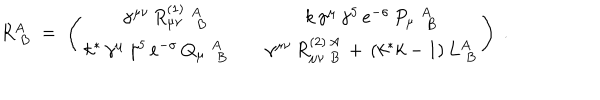
R _ { \; B } ^ { A } \; = \; \left( \begin{array} { c c } { { \gamma ^ { \mu \nu } \, R _ { \mu \nu } ^ { ( 1 ) } \; _ { \; B } ^ { A } } } & { { k \, \gamma ^ { \mu } \, \gamma ^ { 5 } \, e ^ { - \sigma } \, P _ { \mu } \; _ { \; B } ^ { A } } } \\ { { k ^ { * } \, \gamma ^ { \mu } \, \gamma ^ { 5 } \, e ^ { - \sigma } \, Q _ { \mu } \; _ { \; B } ^ { A } \quad } } & { { \gamma ^ { \mu \nu } \, R _ { \mu \nu \; B } ^ { ( 2 ) \, A } \, + \, ( k ^ { * } k - 1 ) \, L _ { \; B } ^ { A } } } \\ \end{array} \right) \; .